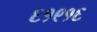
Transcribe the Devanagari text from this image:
६१९१६